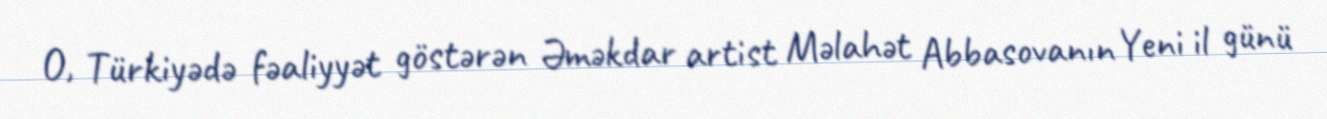
O, Türkiyədə fəaliyyət göstərən Əməkdar artist Məlahət Abbasovanın Yeni il günü